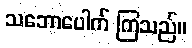
သဘောပေါက် ကြသည်။